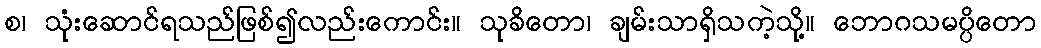
စ၊ သုံးဆောင်ရသည်ဖြစ်၍လည်းကောင်း။ သုခိတော၊ ချမ်းသာရှိသကဲ့သို့။ ဘောဂသမပ္ပိတော